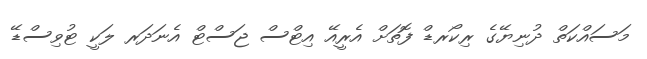
މަސައްކަތް ދުނިޔޭގެ ރިކޯރޑް ފޮތަށް އެރީއޭ އިޓްސް ޖަސްޓް އެނަދަރ ލަކީ ޓުވިސްޑޭ